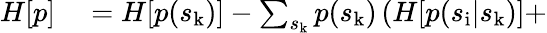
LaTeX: \begin{array}{rl}{H[p]}&{{}=H[p(s_{\mathrm{k}})]-\sum_{s_{\mathrm{k}}}p(s_{\mathrm{k}})\left(H[p(s_{\mathrm{i}}|s_{\mathrm{k}})]+\right.}\end{array}